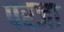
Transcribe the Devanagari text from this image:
परजा